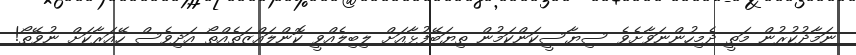
ނަމާދުކުރުން މަތީ ދެމިހުންނަވާށެވެ ސިޔާސީކަންކަމުން ތިޔަބޭފުޅާއަށް ލިބިލެއްވީ ކޮންލައްޒަތެއްތޯ އަދިވެސް ހޭއަރާކަށް ނުވޭތޯ!